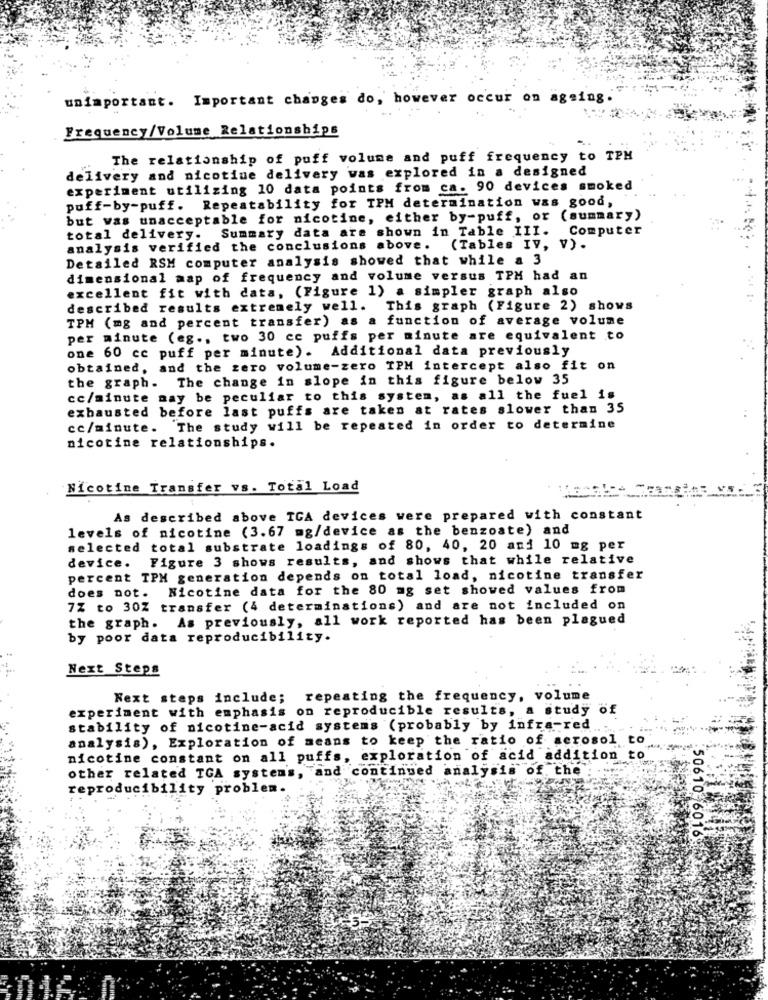
unimportant. Important changes do, however occur on ageing
Frequency/Volume Relationships
The relationship of puff volume and puff frequency to TPH
delivery and nicotine delivery was explored in a designed
experiment utilizing 10 data points from ca. 90 devices smoked
puff-by-puff. Repeatability for TPM determination was good,
but vas unacceptable for nicotine, either by-puff, or (summary)
Summary data are shown in Table III. Computer
total delivery.
analysis verified the conclusions above.
(Tables IV, V) .
Detailed RSM computer analysis showed that while a 3
dimensional map of frequency and volume versus TPM had an
excellent fit with data, (Figure 1) a simpler graph also
described results extremely well. This graph (Figure 2) shows
TPM (mg and percent transfer) as a function of average volume
per minute (eg ., two 30 cc puffs per minute are equivalent to
one 60 cc puff per minute). Additional data previously
obtained, and the zero volume-zero TPM intercept also fit on
the graph. The change in slope in this figure below 35
cc/minute may be peculiar to this system, as all the fuel is
exhausted before last puffs are taken at rates slower than 35
cc/minute. The study will be repeated in order to determine
nicotine relationships.
Nicotine Transfer vs. Total Load
As described above TCA devices were prepared with constant
levels of nicotine (3.67 mg/device as the benzoate) and
selected total substrate loadings of 80, 40, 20 and 10 mg per
device. Figure 3 shows results, and shows that while relative
percent TPM generation depends on total load, nicotine transfer
does not. Nicotine data for the 80 mg set showed values from
7% to 30Z transfer (4 determinations) and are not included on
the graph. As previously, all work reported has been plagued
by poor data reproducibility.
Next Steps
Next steps include; repeating the frequency, volume
experiment with emphasis on reproducible results, a study of
stability of nicotine-acid systems (probably by infra-red.
5.
analysis), Exploration of means to keep the ratio of aerosol to
nicotine constant on all puffs, exploration of acid addition to
other related TGA systems, and continued analysis of the
reproducibility problem.
50610-6016